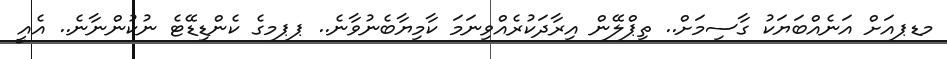
މޑޕއަށް އަނެއްބަޔަކު ގާސިމަށް.. ތިޕްލޭން އިރާދަކުރެއްވިނަމަ ކާމިޔާބެނުވާނެ.. ޕޕމގެ ކެންޑިޑޭޓެ ނުކުންނާނެ.. އެއީ